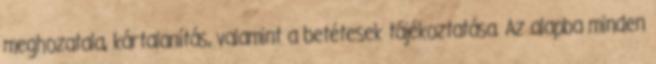
meghozatala, kártalanítás, valamint a betétesek tájékoztatása. Az alapba minden